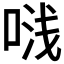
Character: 𭈟